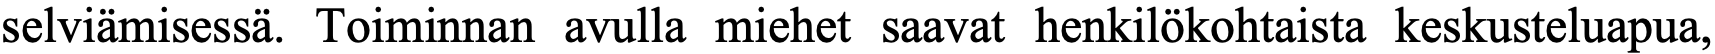
selviämisessä. Toiminnan avulla miehet saavat henkilökohtaista keskusteluapua,